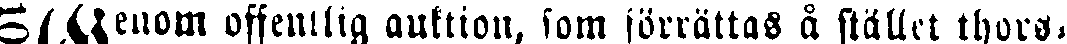
Genom offentlig auktion, som förrättas å stället thors-